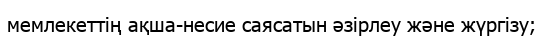
мемлекеттің ақша-несие саясатын әзірлеу және жүргізу;